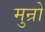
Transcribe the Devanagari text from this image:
मुन्रो